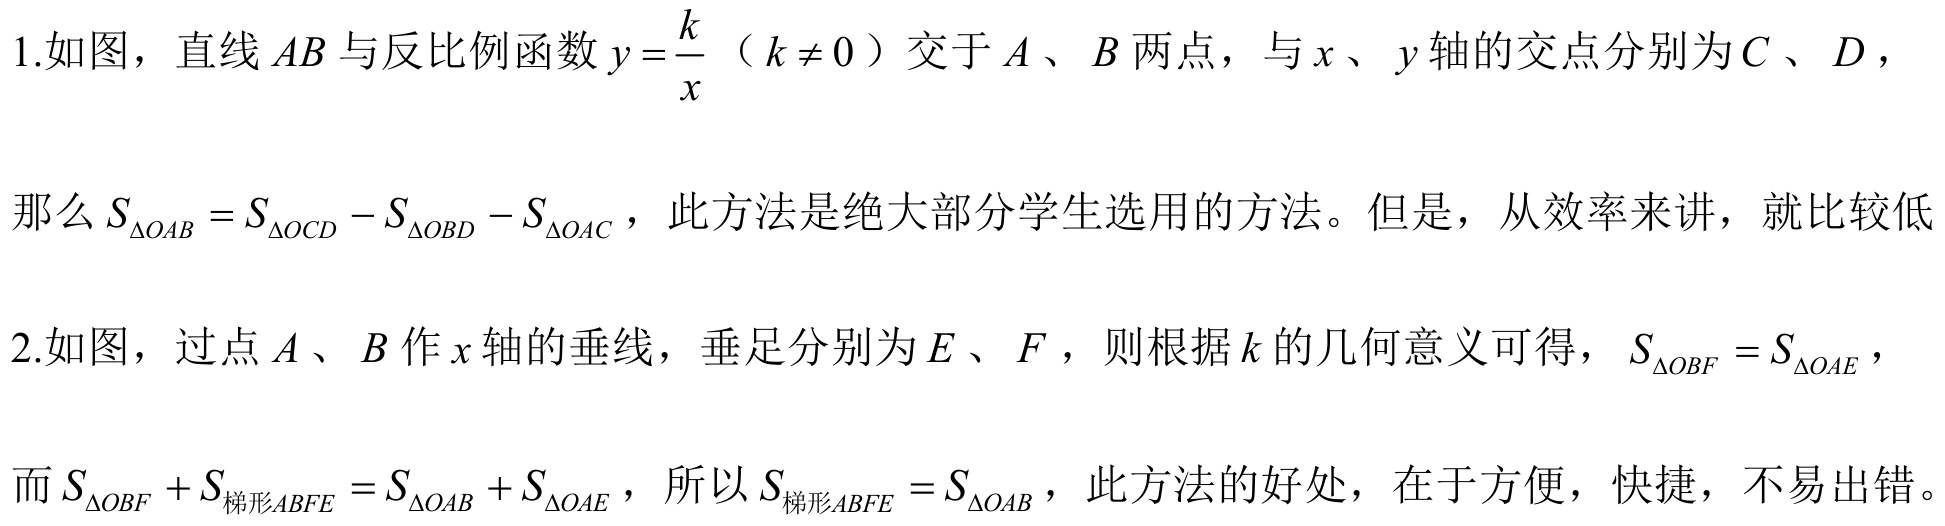
1.如图，直线 \(AB\) 与反比例函数 \(y = \frac{k}{x}\)（\(k\neq 0\)）交于 \(A\)、\(B\) 两点，与 \(x\)、\(y\) 轴的交点分别为 \(C\)、\(D\)，

那么 \(S_{\triangle OAB}=S_{\triangle OCD}-S_{\triangle OBD}-S_{\triangle OAC}\)，此方法是绝大部分学生选用的方法。但是，从效率来讲，就比较低

2.如图，过点 \(A\)、\(B\) 作 \(x\) 轴的垂线，垂足分别为 \(E\)、\(F\)，则根据 \(k\) 的几何意义可得，\(S_{\triangle OBF}=S_{\triangle OAE}\)，

而 \(S_{\triangle OBF}+S_{梯形ABFE}=S_{\triangle OAB}+S_{\triangle OAE}\)，所以 \(S_{梯形ABFE}=S_{\triangle OAB}\)，此方法的好处，在于方便，快捷，不易出错。